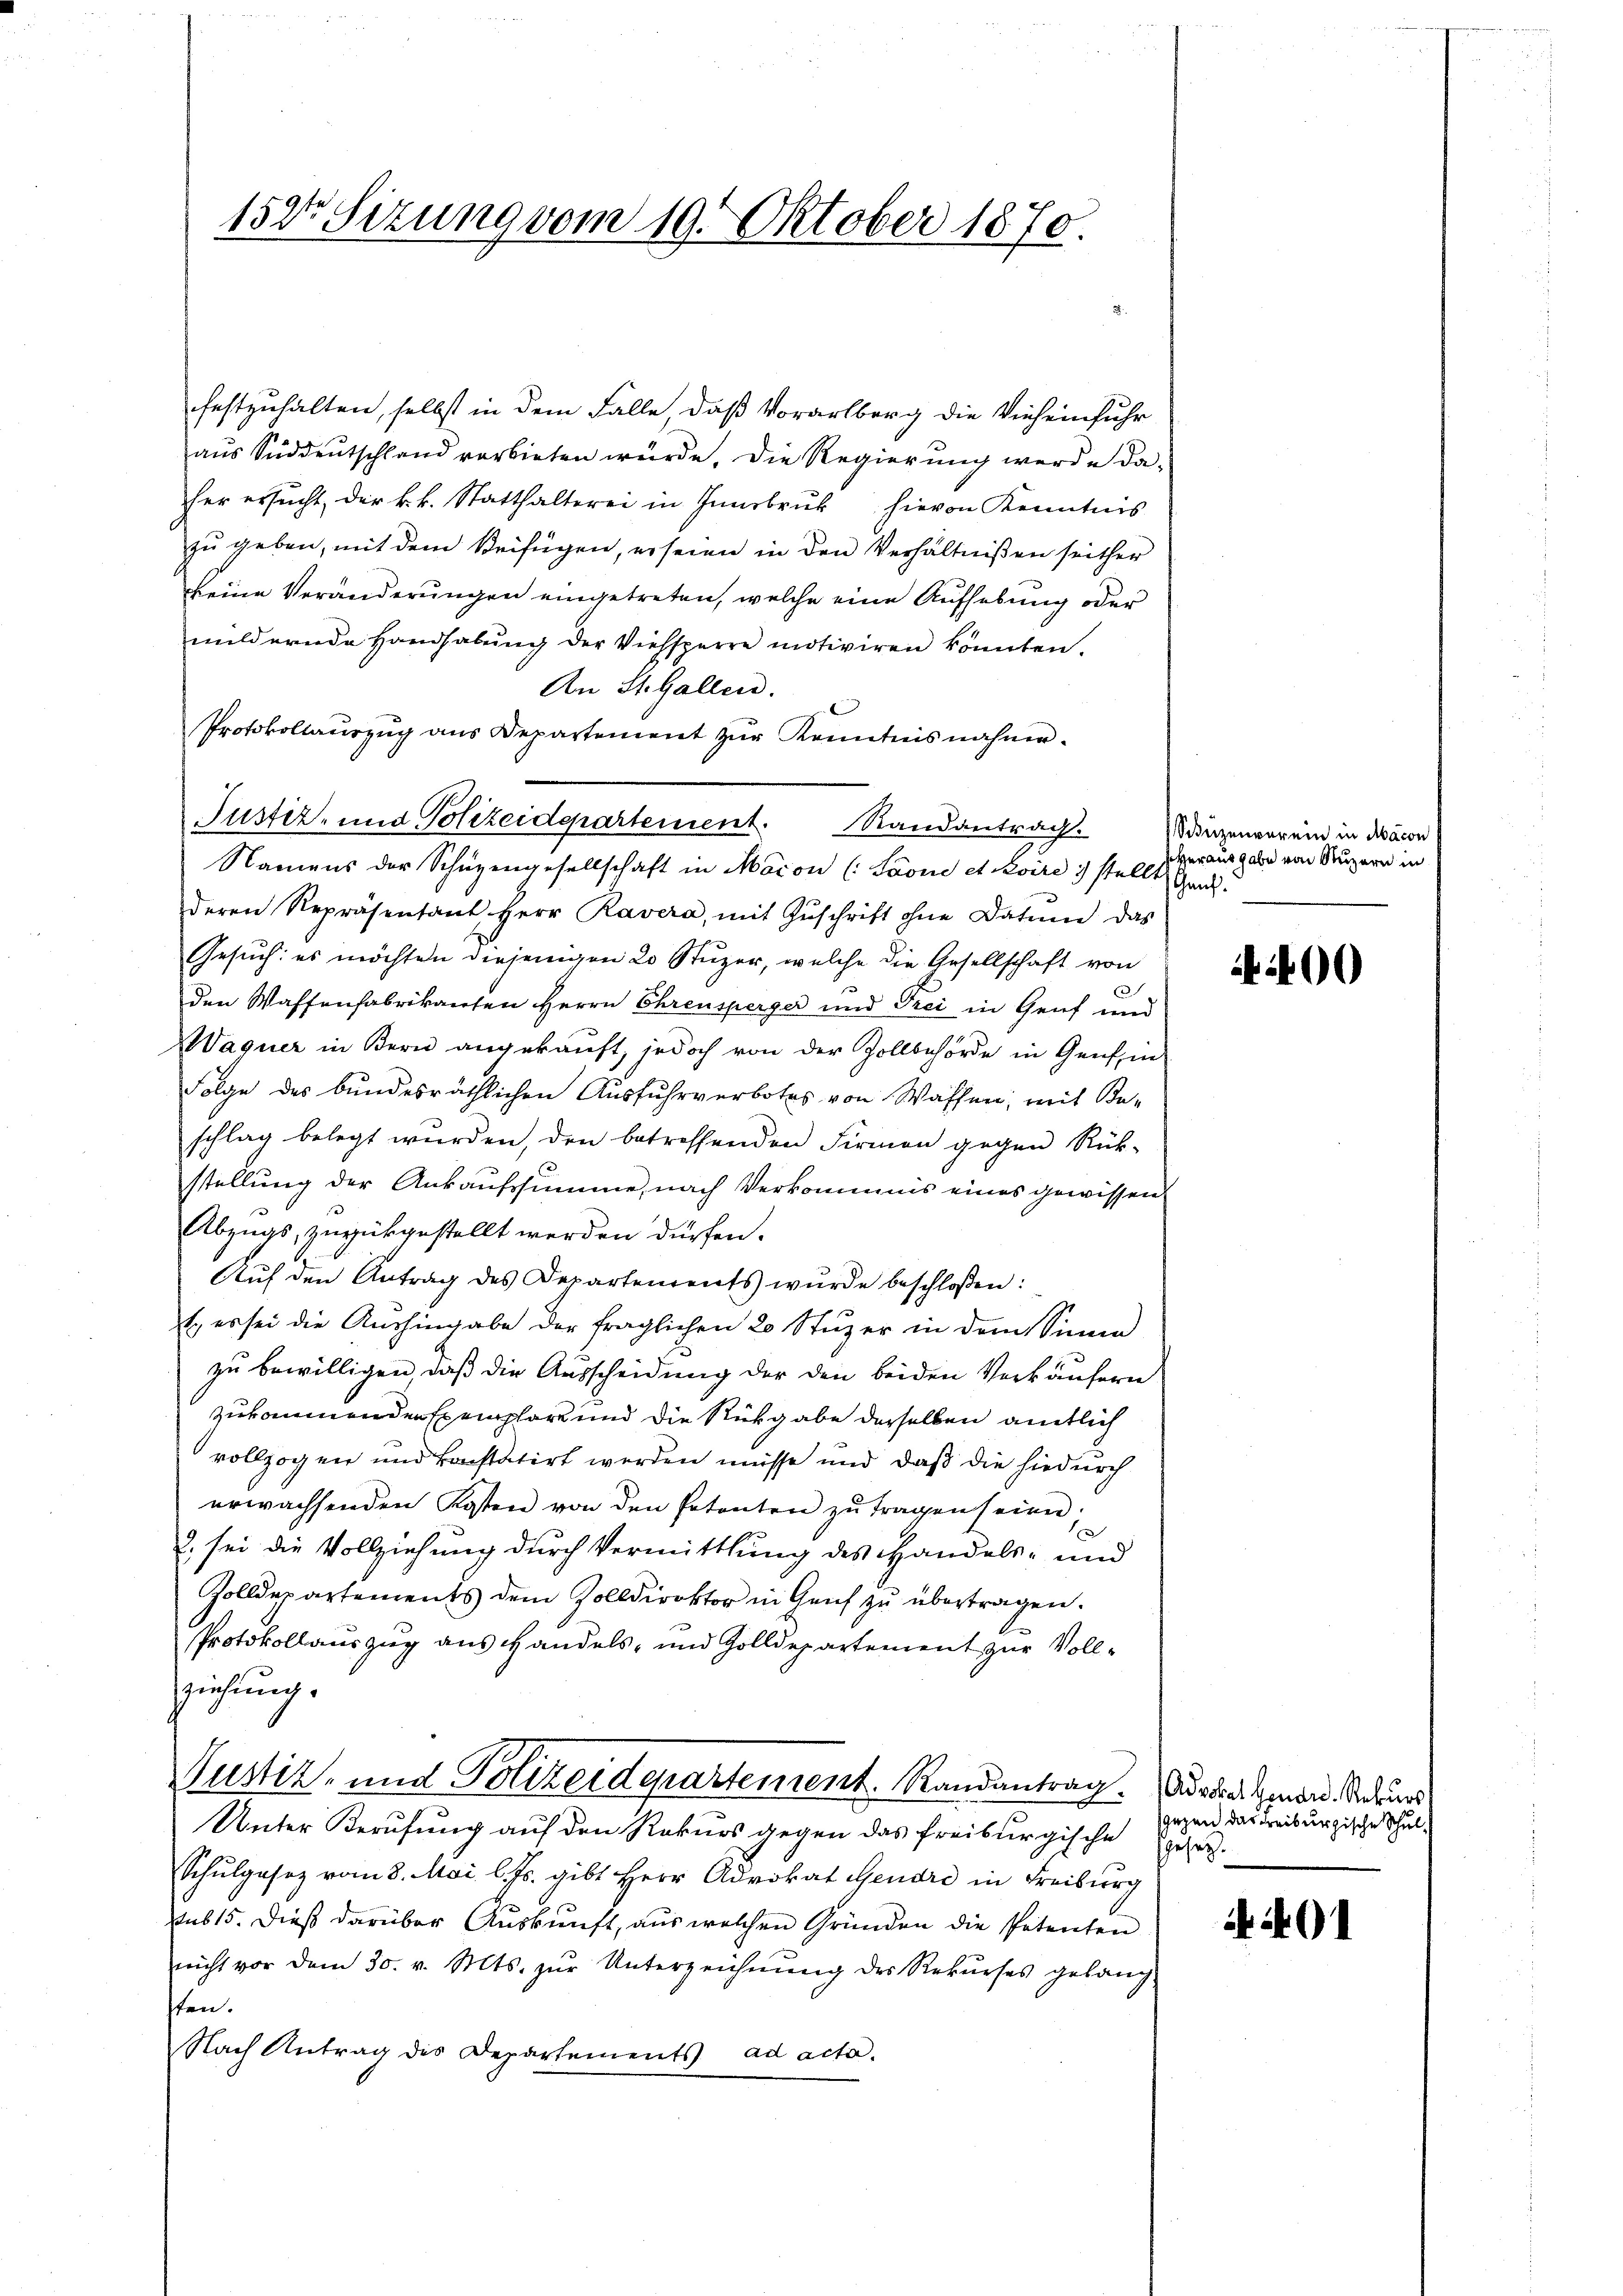
152te Sitzung vom 19. Oktober 1870.

Justiz- und Polizeidepartement. Randantrag.

festzuhalten, selbst in dem Falle, daß Vorarlberg die Vieheinfuhr
aŭs Süddeŭtschland vorbieten würde. Die Regierŭng werde da-
her ersucht, der k.k. Statthalterei in Innsbruk hievon Kenntnis
zu geben, mit dem Beifügen, er seien in den Verhältnißen seither
keine Veränderungen eingetreten, welche eine Aufhebung oder
mildernde Handhabŭng der Viehsperre motiviren könnten.
An St. Gallen.
Protokollauszug aus Departement zur Kenntnis nahme.
Namens der Schüzengesellschaft in Macon (Saone et viri ) stellt ganz!
deren Repräsentant Herr Ravera, mit Zŭschrift ohne Datum das
Gesuch: es möchten diejenigen 20 Stuzer, welche die Gesellschaft von
f
den Waffenfabrikanten Herrn Ehrensperger und Trei in Genf und
Waquer in Bern angekauft, jedoch von der Zollbehörde in Genf, in
Folge des bundesräthlichen Ausfuhrverbotes von Wassen, mit Be-
schlag belegt wurden, den betreffenden Firmen gegen Rück-
stellung der Ankaufssumme, nach Verkommnis eines gewissen
Abzugs, zurükgestellt werden dürfen.
Aŭf den Antrag des Departements wurde beschloßen:
1., es sei die Aushingabe der fraglichen 20 Stüzer in dem Sinne
zu bewilligen, daß die Ausscheidung der den beiden Verkäufern
zukommenden Exemplare und die Rückgabe derselben amtlich
vollzogen und konstatirt werden müsse und daß die hiedurch
erwachsenden Kosten von den Petenten zu tragen seien;
3. sei die Vollziehung durch Vermittlung des Handels- und
Zolldepartements dem Zolldirektor in Genf zu übertragen.
Protokollauszug aus Handels- und Zolldepartement zur Vollziehung.
Justiz- und Polizeiderartement. Randantrag. Adria Amand. Andeurs
Unter Berufung auf den Rekurs gegen das freiburgische zur
Schulgesez vom 8. Mai l. Js. gibt Herr Advokat Gendri in Freiburg
sub 15. Dieß darüber Auskunft, aus welchen Gründen die Petenten
nicht vor dem 30. v. Mts. zŭr Unterzeichnŭng des Rekŭrses gelang
ten.
Nach Antrag des Departements ad acta.

Siduzenverein in Macon
herausgabe von Luzern in

4400

sgegen das Freiburgische Schul¬

401